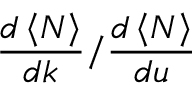
\frac { d \left< N \right> } { d k } / \frac { d \left< N \right> } { d u }